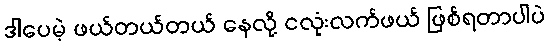
ဒါပေမဲ့ ဖယ်တယ်တယ် နေလို့ ငလုံးလက်ဖယ် ဖြစ်ရတာပါပဲ